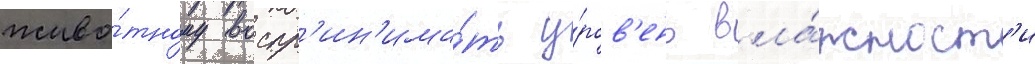
живо́тному воспр'ин'има́ть у́ров'ень вла́жност'и